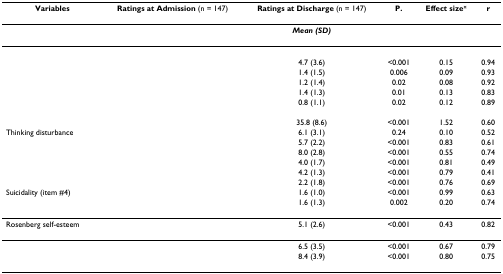
<table><thead><tr><td><b>Variables</b></td><td><b>Ratings at Admission (n = 147)</b></td><td><b>Ratings at Discharge (n = 147)</b></td><td><b>P.</b></td><td><b>Effect size<sup>¤</sup></b></td><td><b>r</b></td></tr></thead><tbody><tr><td>[EMPTY_CELL]</td><td>[EMPTY_CELL]</td><td><b><i>Mean (SD)</i></b></td><td>[EMPTY_CELL]</td><td>[EMPTY_CELL]</td><td>[EMPTY_CELL]</td></tr><tr><td>[EMPTY_CELL]</td><td>[EMPTY_CELL]</td><td>[EMPTY_CELL]</td><td>[EMPTY_CELL]</td><td>[EMPTY_CELL]</td><td>[EMPTY_CELL]</td></tr><tr><td>[EMPTY_CELL]</td><td>[EMPTY_CELL]</td><td>4.7 (3.6)</td><td>&lt;0.001</td><td>0.15</td><td>0.94</td></tr><tr><td>[EMPTY_CELL]</td><td>[EMPTY_CELL]</td><td>1.4 (1.5)</td><td>0.006</td><td>0.09</td><td>0.93</td></tr><tr><td>[EMPTY_CELL]</td><td>[EMPTY_CELL]</td><td>1.2 (1.4)</td><td>0.02</td><td>0.08</td><td>0.92</td></tr><tr><td>[EMPTY_CELL]</td><td>[EMPTY_CELL]</td><td>1.4 (1.3)</td><td>0.01</td><td>0.13</td><td>0.83</td></tr><tr><td>[EMPTY_CELL]</td><td>[EMPTY_CELL]</td><td>0.8 (1.1)</td><td>0.02</td><td>0.12</td><td>0.89</td></tr><tr><td>[EMPTY_CELL]</td><td>[EMPTY_CELL]</td><td>[EMPTY_CELL]</td><td>[EMPTY_CELL]</td><td>[EMPTY_CELL]</td><td>[EMPTY_CELL]</td></tr><tr><td>[EMPTY_CELL]</td><td>[EMPTY_CELL]</td><td>35.8 (8.6)</td><td>&lt;0.001</td><td>1.52</td><td>0.60</td></tr><tr><td>Thinking disturbance</td><td>[EMPTY_CELL]</td><td>6.1 (3.1)</td><td>0.24</td><td>0.10</td><td>0.52</td></tr><tr><td>[EMPTY_CELL]</td><td>[EMPTY_CELL]</td><td>5.7 (2.2)</td><td>&lt;0.001</td><td>0.83</td><td>0.61</td></tr><tr><td>[EMPTY_CELL]</td><td>[EMPTY_CELL]</td><td>8.0 (2.8)</td><td>&lt;0.001</td><td>0.55</td><td>0.74</td></tr><tr><td>[EMPTY_CELL]</td><td>[EMPTY_CELL]</td><td>4.0 (1.7)</td><td>&lt;0.001</td><td>0.81</td><td>0.49</td></tr><tr><td>[EMPTY_CELL]</td><td>[EMPTY_CELL]</td><td>4.2 (1.3)</td><td>&lt;0.001</td><td>0.79</td><td>0.41</td></tr><tr><td>[EMPTY_CELL]</td><td>[EMPTY_CELL]</td><td>2.2 (1.8)</td><td>&lt;0.001</td><td>0.76</td><td>0.69</td></tr><tr><td>Suicidality (item #4)</td><td>[EMPTY_CELL]</td><td>1.6 (1.0)</td><td>&lt;0.001</td><td>0.99</td><td>0.63</td></tr><tr><td>[EMPTY_CELL]</td><td>[EMPTY_CELL]</td><td>1.6 (1.3)</td><td>0.002</td><td>0.20</td><td>0.74</td></tr><tr><td>Rosenberg self-esteem</td><td>[EMPTY_CELL]</td><td>5.1 (2.6)</td><td>&lt;0.001</td><td>0.43</td><td>0.82</td></tr><tr><td>[EMPTY_CELL]</td><td>[EMPTY_CELL]</td><td>6.5 (3.5)</td><td>&lt;0.001</td><td>0.67</td><td>0.79</td></tr><tr><td>[EMPTY_CELL]</td><td>[EMPTY_CELL]</td><td>8.4 (3.9)</td><td>&lt;0.001</td><td>0.80</td><td>0.75</td></tr></tbody></table>